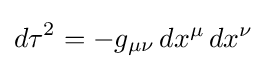
{d\tau }^{2}=-g_{\mu \nu }\,dx^{\mu }\,dx^{\nu }